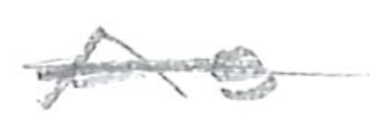
Text: As
Cross-out: single-line
Writing tool: pencil